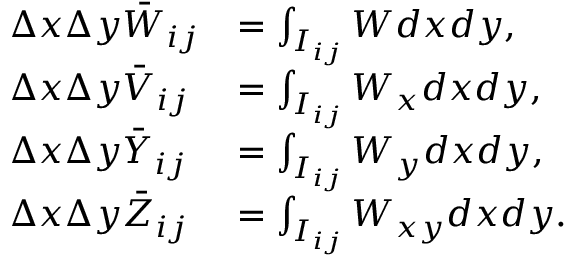
\begin{array} { l l l l } { \Delta x \Delta y \Bar W _ { i j } } & { = \int _ { I _ { i j } } W d x d y , } \\ { \Delta x \Delta y \Bar V _ { i j } } & { = \int _ { I _ { i j } } W _ { x } d x d y , } \\ { \Delta x \Delta y \Bar Y _ { i j } } & { = \int _ { I _ { i j } } W _ { y } d x d y , } \\ { \Delta x \Delta y \Bar Z _ { i j } } & { = \int _ { I _ { i j } } W _ { x y } d x d y . } \end{array}